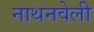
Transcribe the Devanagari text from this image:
नाथनवेली